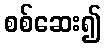
စစ်ဆေး၍